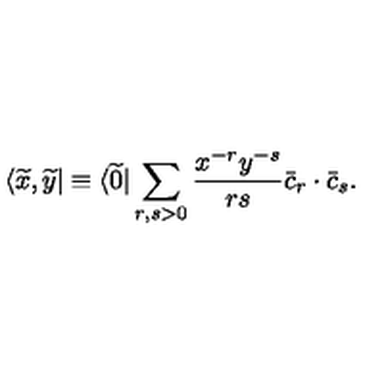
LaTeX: \langle \widetilde x , \widetilde y | \equiv \langle \widetilde 0 | \sum _ { r , s > 0 } { \frac { x ^ { - r } y ^ { - s } } { r s } } \bar { c } _ { r } \cdot \bar { c } _ { s } .